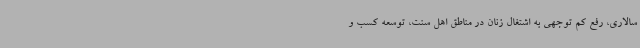
سالاری، رفع کم توجهی به اشتغال زنان در مناطق اهل سنت، توسعه کسب و